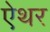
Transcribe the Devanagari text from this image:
ऐथर